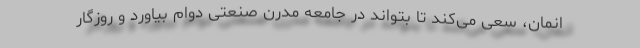
انمان، سعی می‌کند تا بتواند در جامعه مدرن صنعتی دوام بیاورد و روزگار